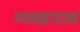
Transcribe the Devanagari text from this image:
व्यवहाराचं